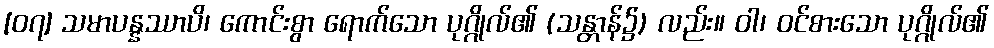
[၀၇] သမာပန္နဿာပိ၊ ကောင်းစွာ ရောက်သော ပုဂ္ဂိုလ်၏ (သန္တာန်၌) လည်း။ ဝါ၊ ဝင်စားသော ပုဂ္ဂိုလ်၏